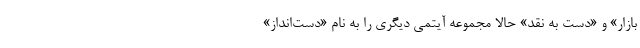
بازار» و «دست به نقد» حالا مجموعه آیتمی دیگری را به نام «دست‌انداز»